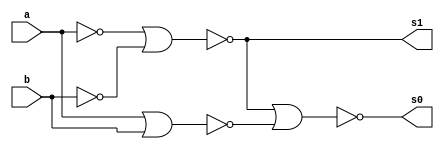
// ---------------------
// Guia 03_04 - Meia Soma NOR
// Nome: Heitor Terozendi
// ---------------------

// ---------------------
// -- meia soma
// ---------------------

module meiasoma (s0, s1, a, b);
 output s0, s1;
 input  a, b;
 wire s2,s3,s4;
 
 nor norgate1 (s2, a, a);
 nor norgate2 (s3, b, b);
 nor norgate3 (s1, s2, s3);
 nor norgate4 (s4, a, b); 
 nor norgate5 (s0, s1, s4);
 
endmodule // meia soma

// --------------------------
// -- test meia soma nor
// --------------------------

module testmeiasoma;
 reg   a, b;             
 wire  s0, s1;
          // instancia
 meiasoma MEIASOMA1 (s0, s1, a, b);

 initial begin:start
      a=0; b=0;
 end

          // parte principal
 initial begin:main
      $display("Guia 03_04 - Heitor Terozendi - 396698");
      $display("Test Meia Soma NOR gate");
      $display("\n a & b = s0 s1\n");
      $monitor(" %b & %b = %b %b", a, b, s0, s1);
  #1  a=0; b=1; 
  #1  a=1; b=0; 
  #1  a=1; b=1; 
  
 end

endmodule // testmeiasoma